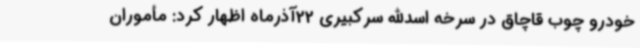
خودرو چوب قاچاق در سرخه اسدالله سرکبیری 22آذرماه اظهار کرد: مأموران